Annual report of the Bengal Veterinary College and of the Civil Veterinary Department, Bengal, for the year 1916-17 - 1916-1917
Year: 1916
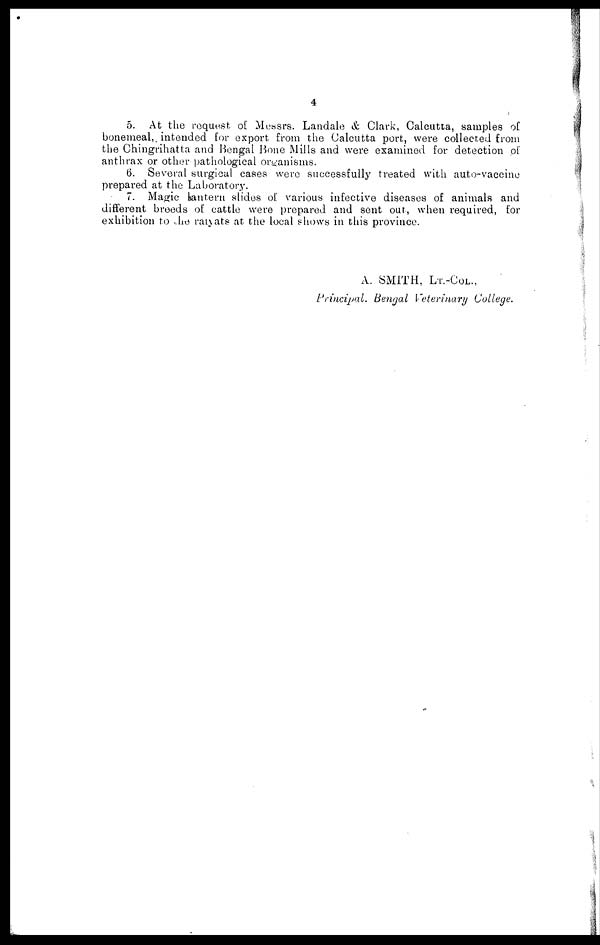
4
5. At the request of Messrs. Landale & Clark, Calcutta, samples of
bonemeal, intended for export from the Calcutta port, were collected from
the Chingrihatta and Bengal Bone Mills and were examined for detection of
anthrax or other pathological organisms.
6. Several surgical cases were successfully treated with auto-vaccine
prepared at the Laboratory.
7. Magic lantern slides of various infective diseases of animals and
different breeds of cattle were prepared and sent out, when required, for
exhibition to he raiyats at the local shows in this province.
A. SMITH, LT.-COL.,
Principal. Bengal Veterinary College.